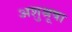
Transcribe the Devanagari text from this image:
अशुश्रूषा